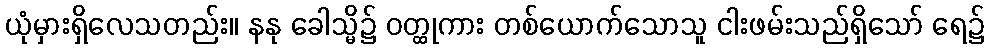
ယုံမှားရှိလေသတည်း။ နနု ခေါသ္မိ၌ ဝတ္ထုကား တစ်ယောက်သောသူ ငါးဖမ်းသည်ရှိသော် ရေ၌